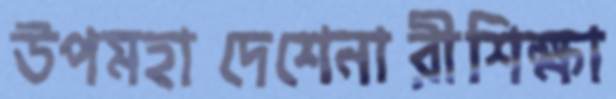
উপমহাদেশেনারীশিক্ষা